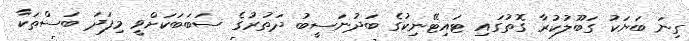
ގިނަ ބަޔަކު ގަބޫލުކުރާ ގޮތުގައި ޓައިޓޭނިކުގެ ބަދުނަސީބު ދަތުރުގެ ސަބަބަކަށްވީ މިފަދަ ބަސްތަކާ